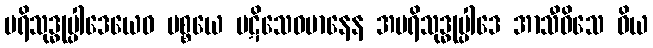
ပရိသုဒ္ဓုပ္ပါဒေယေဝ ပစ္စယေ ပဋိသေဝမာနေန အပရိသုဒ္ဓုပ္ပါဒေ အာသီဝိသေ ဝိယ